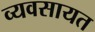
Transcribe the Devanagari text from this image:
व्यवसायत